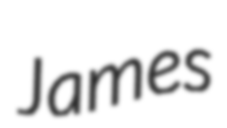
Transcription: James